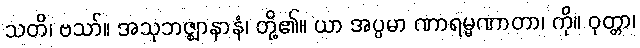
သတိ၊ ဗသာ်။ အသုဘဇ္ဈာနာနံ၊ တို့၏။ ယာ အပ္ပမာ ဏာရမ္မဏာတာ၊ ကို။ ဝုတ္တာ၊